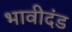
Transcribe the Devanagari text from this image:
भावीदंड